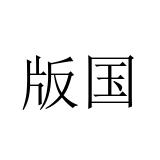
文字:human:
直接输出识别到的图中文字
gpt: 版国